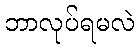
ဘာလုပ်ရမလဲ